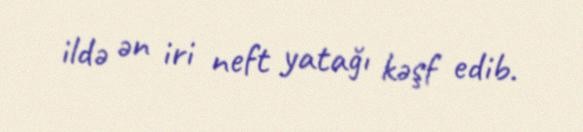
ildə ən iri neft yatağı kəşf edib.